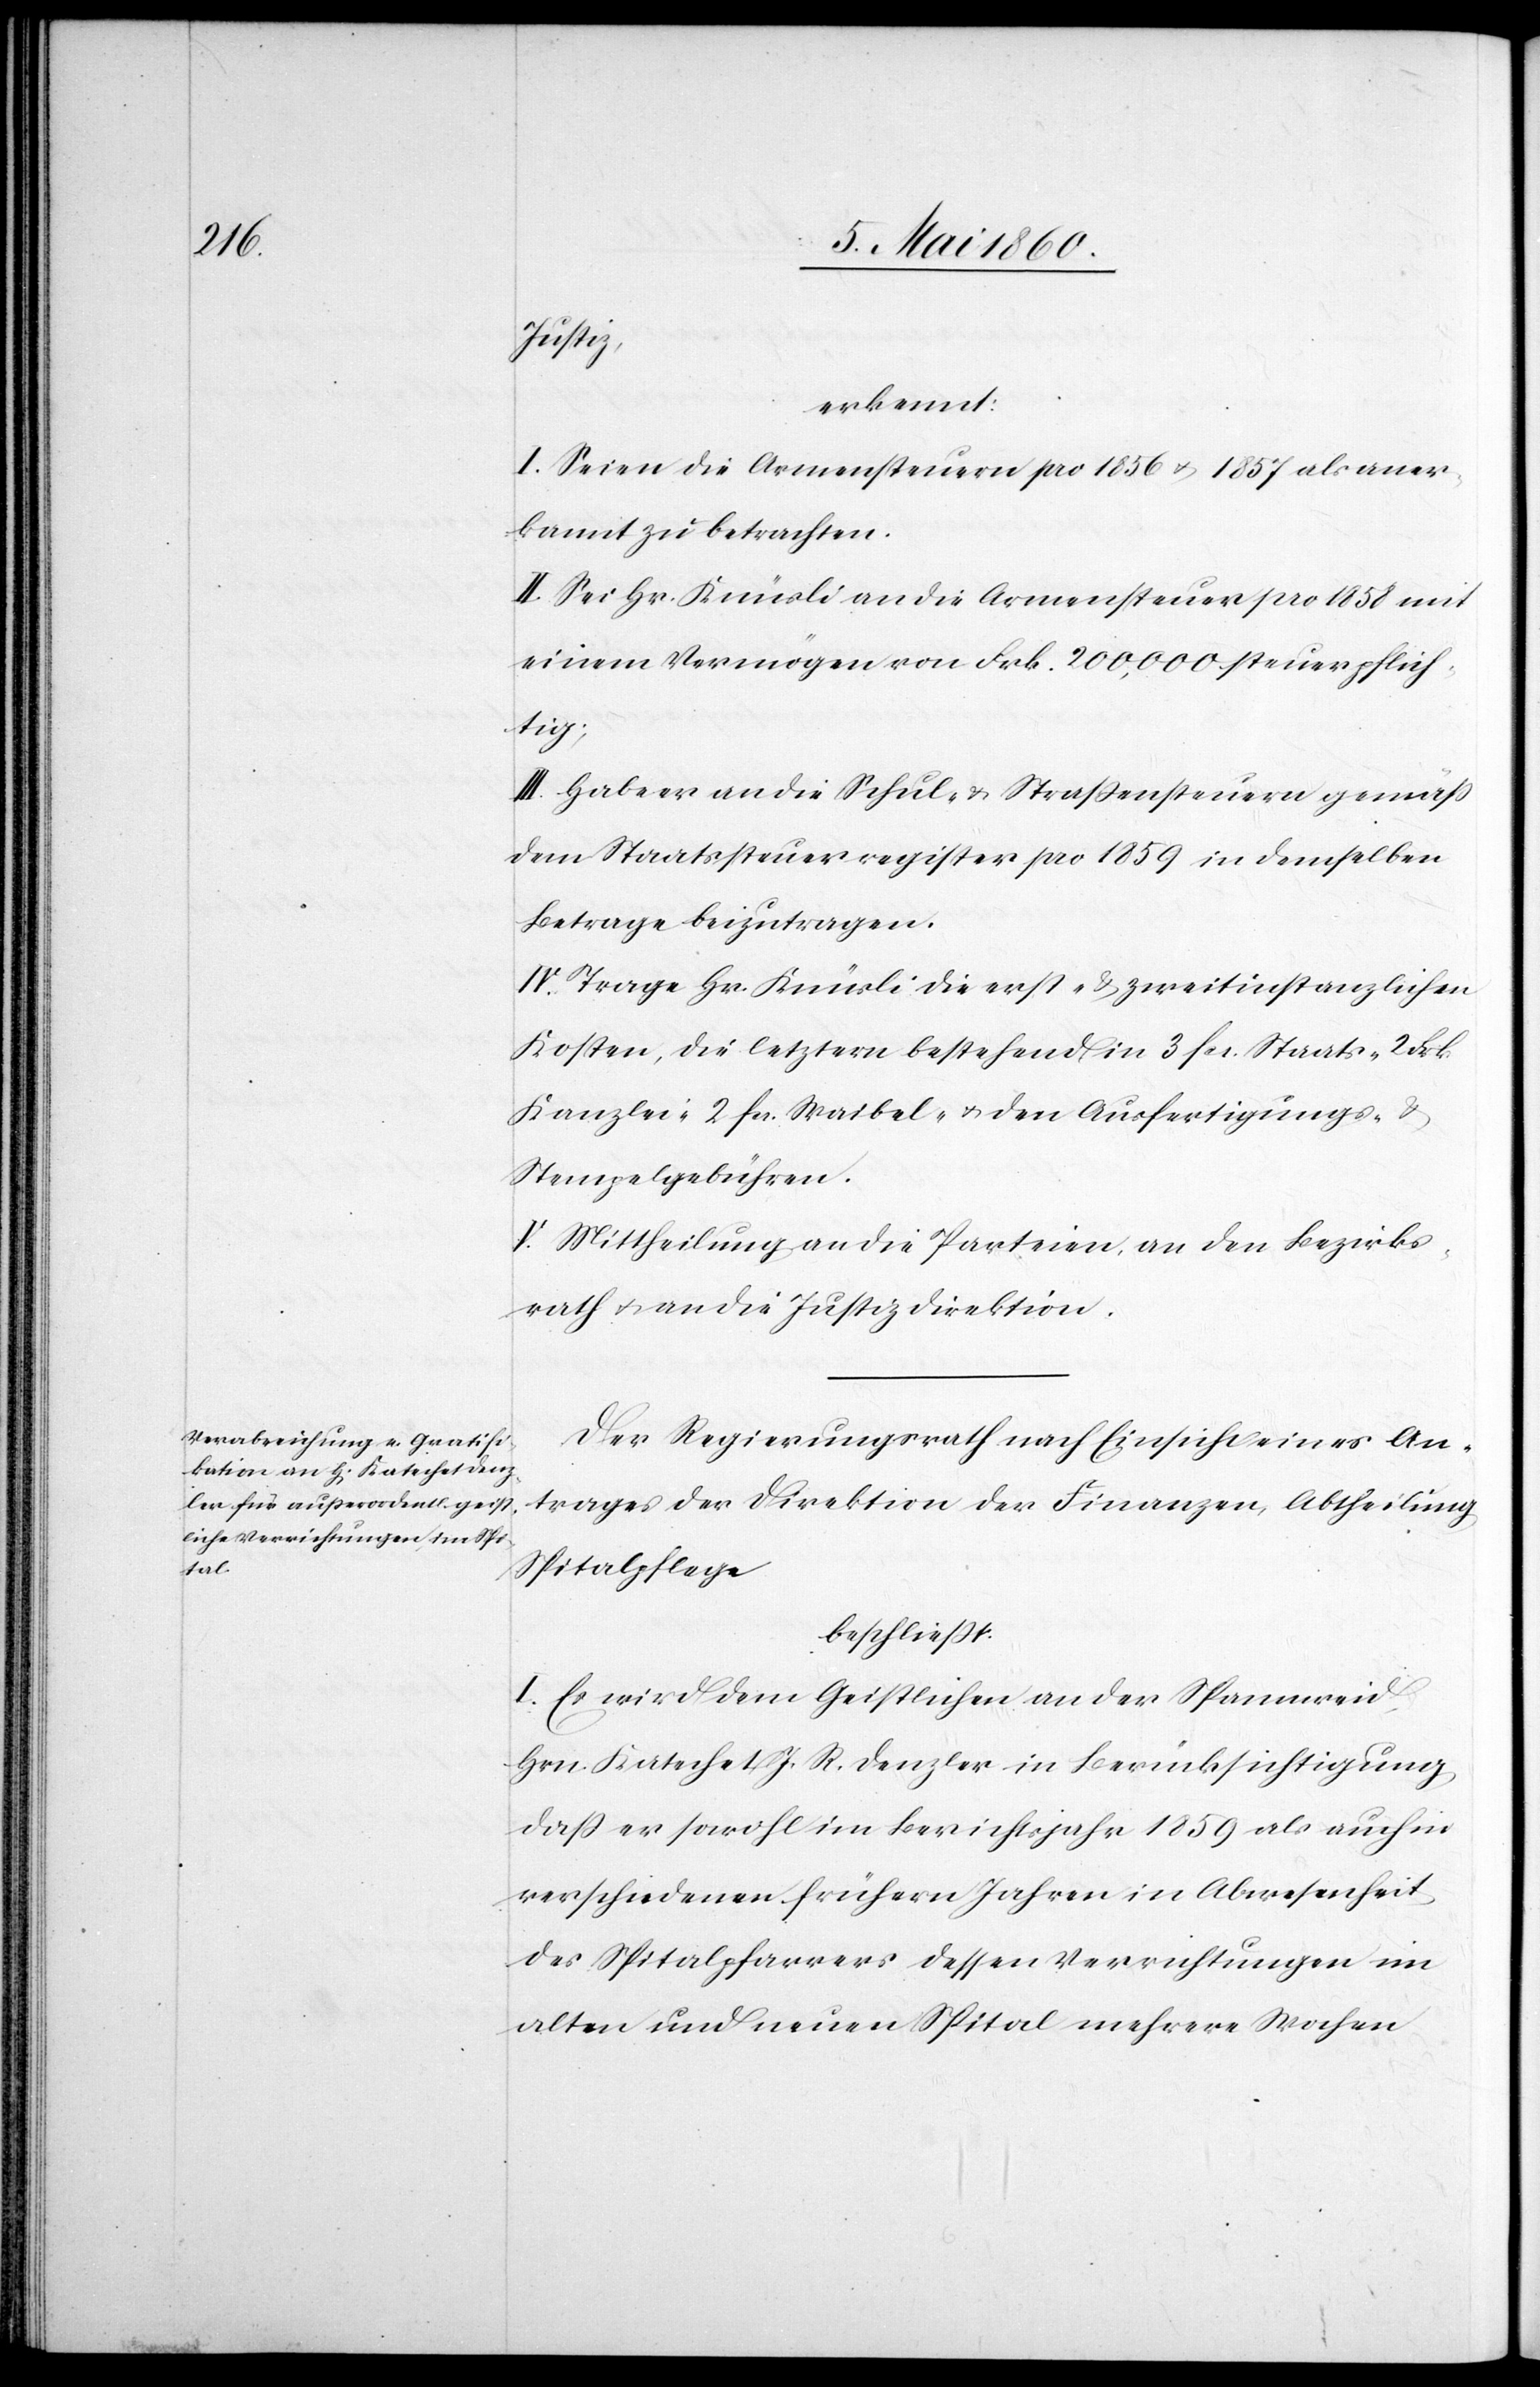
Justiz,
erkennt:
I. Seien die Armensteuern pro 1856 u. 1857 als aner¬
kannt zu betrachten.
II. Sei Hr. Knüsli an die Armensteuern pro 1858 mit
einem Vermögen von Frk. 200,000 steuerpflich¬
tig;
III. Habe er an die Schul- u. Strassensteuern gemäss
dem Staatssteuerregister pro 1859 in demselben
Betrage beizutragen.
IV. Trage Hr. Knüsli die erst- u. zweitinstanzlichen
Kosten, die letztern bestehend in 3 fcs. Staats- 2. Frk.
Kanzlei- 2. fcs. Waibel. u. den Ausfertigungs- u.
Stempelgebühren.
V. Mittheilung an die Parteien, an den Bezirks¬
rath u. an die Justizdirektion.
Der Regierungsrath nach Einsicht eines An¬
trages der Direktion der Finanzen, Abtheilung
Spitalpflege
beschliesst:
I. Es wird dem Geistlichen an der Spannweid,
Hrn. Katechet J. R. Denzler in Berücksichtigung,
dass er sowohl im Berichtsjahr 1859 als auch in
verschiedenen frühern Jahren in Abwesenheit
des Spitalpfarrers dessen Verrichtungen im
alten und neuen Spital mehrere Wochen